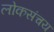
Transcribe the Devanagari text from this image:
लोकसंचय